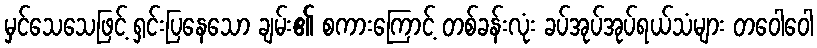
မှင်သေသေဖြင့် ရှင်းပြနေသော ချမ်း၏ စကားကြောင့် တစ်ခန်းလုံး ခပ်အုပ်အုပ်ရယ်သံများ တဝေါဝေါ